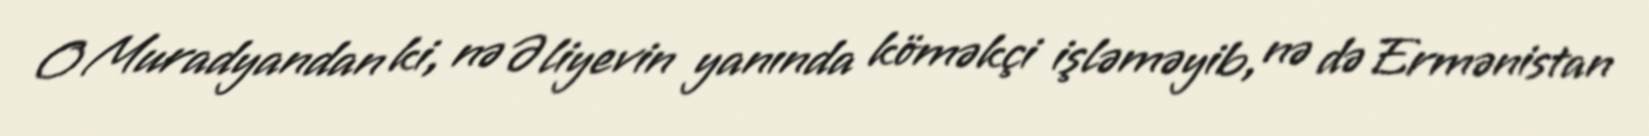
O Muradyandan ki, nə Əliyevin yanında köməkçi işləməyib, nə də Ermənistan